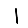
Digit: 1